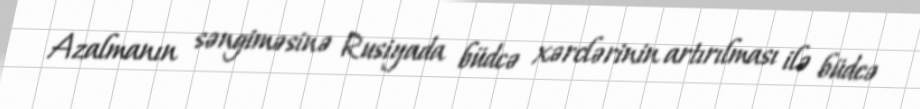
Azalmanın səngiməsinə Rusiyada büdcə xərclərinin artırılması ilə büdcə